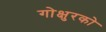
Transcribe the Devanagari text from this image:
गोक्षुरको